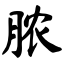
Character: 脓